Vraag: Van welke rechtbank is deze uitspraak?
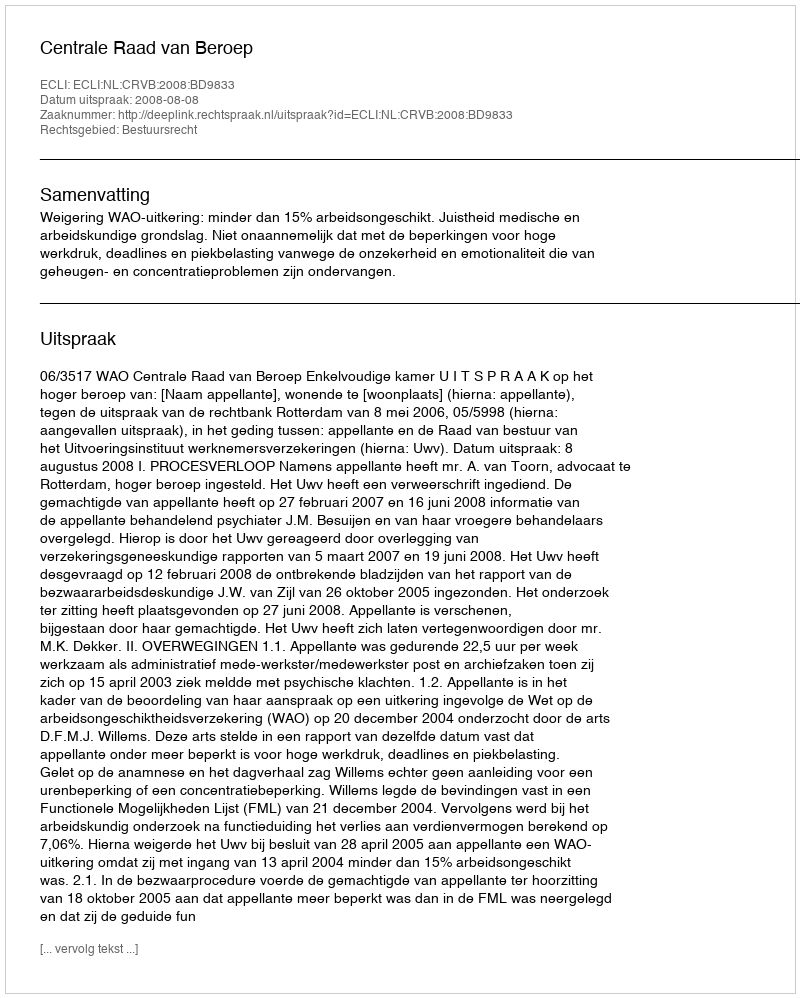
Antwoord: Centrale Raad van Beroep